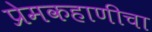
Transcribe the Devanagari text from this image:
प्रेमकहाणीचा